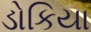
ડોકિયા